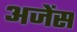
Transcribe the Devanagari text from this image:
अजेंस